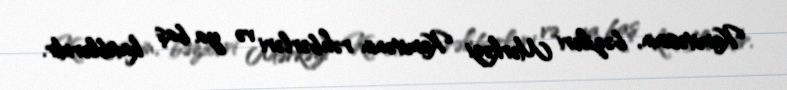
Komitəsinin, bəziləri Mərkəzi Komitənin rəhbərləri və ya baş katibləridir.